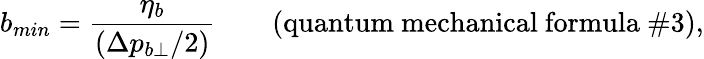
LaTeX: b_{min}=\frac{\eta_{b}}{(\Delta p_{b\perp}/2)}\qquad\mathrm{(quantum~mechanical~formula~\# 3),}